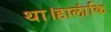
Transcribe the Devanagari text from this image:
था।हालांकि